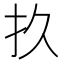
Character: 𫼖